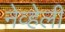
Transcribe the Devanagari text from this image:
नेव्हेली